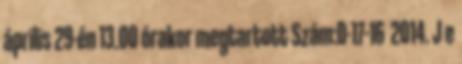
április 29-én 13.00 órakor megtartott Szám:D-17-16 2014. J e